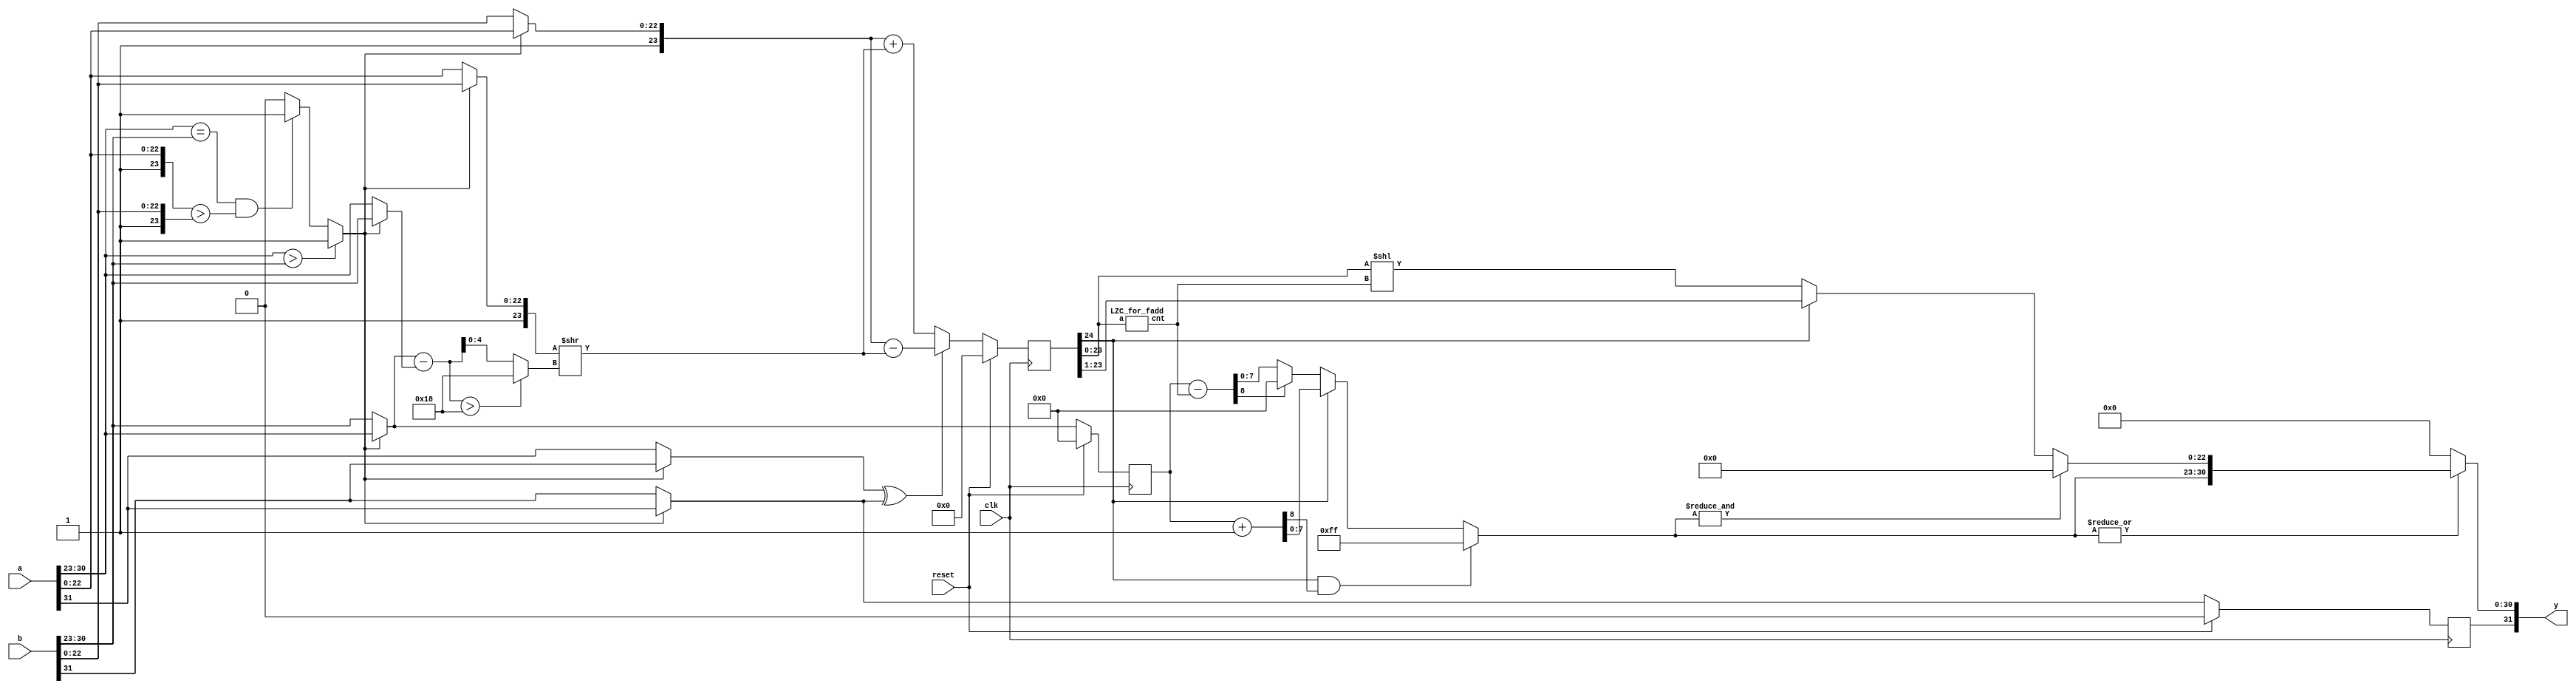
`default_nettype none
//////////////////////////////////////////////////////////////////////////////////
// Company: 
// 
// Design Name: 
// Module Name: fadd
// Project Name: C&P
// Target Devices: KCU105
// Tool Versions: 
// Description: 
// 
// Dependencies: 
// 
// Revision:
// Revision 1.01 - File Created
// Additional Comments:
// 
//////////////////////////////////////////////////////////////////////////////////
module fadd_200(
    input wire clk, reset,
    input wire [31:0] a,
    input wire [31:0] b,
    output wire [31:0] y//,
    //output wire ovf
    );
    wire a_s = a[31];
    wire [7:0] a_e = a[30:23];
    wire [23:0] a_m = {1'b1,a[22:0]};
    wire b_s = b[31];
    wire [7:0] b_e = b[30:23];
    wire [23:0] b_m = {1'b1,b[22:0]};
    
    wire larger = (a_e > b_e) ? 1 : ((a_e == b_e) &&(a_m > b_m)) ? 1 : 0;
    
    wire l_s = larger ? a_s : b_s;
    wire s_s = larger ? b_s : a_s;
    wire [7:0] l_e = larger ? a_e : b_e;
    wire [7:0] s_e = larger ? b_e : a_e;
    wire [23:0] l_m = larger ? a_m : b_m;
    wire [23:0] s_m = larger ? b_m : a_m;
    
    wire [7:0] diff = l_e - s_e;
    wire [4:0] diff_e = diff > 5'd24 ? 5'd24 : diff;
    wire [23:0] s_m_shift = s_m >> diff_e;
    wire [24:0] m_raw = (s_s ^ l_s) ? l_m - s_m_shift : l_m + s_m_shift;
    
    reg l_s_2;
    reg [7:0] l_e_2;
    reg [24:0] m_raw_2;
    
    wire m25 = m_raw_2[24];
    
    wire [4:0] shift_m;
    LZC_for_fadd lzc(m_raw_2[23:0], shift_m);
    wire [47:0] m_shift = m_raw_2[23:0] << shift_m;
    
    wire [22:0] m = 
    m25 ? m_raw_2[23:1] :
    m_shift[22:0] ;
    
    wire [8:0] e_shift = l_e_2 - shift_m;
    wire [8:0] e_inc = l_e_2 + 1;
    wire [7:0] e = 
    (m25 && e_inc[8]) ? 8'b11111111 :
    m25 ? e_inc[7:0] :
    e_shift[8] ? 0 :
    e_shift[7:0];
    
    assign y = 
    ~(|e) ? {l_s_2, 31'b0} :
    &e ? {l_s_2, e, 23'b0} :
    {l_s_2, e, m};
    
    always @(posedge clk) begin
        if (reset) begin
            l_s_2 <= 0;
            m_raw_2 <= 0;
            l_e_2 <= 0;
        end else begin
            l_s_2 <= l_s;
            m_raw_2 <= m_raw;
            l_e_2 <= l_e;
        end
    end
    
    //assign ovf = ~(&a_e) && ~(&b_e) && (&e) ? 1 : 0;
endmodule

module LZC_for_fadd(
    input wire [23:0] a,
    output wire [4:0] cnt
    );
    assign cnt =
    a[23] ? 0 :
    a[22] ? 1 :
    a[21] ? 2 :
    a[20] ? 3 :
    a[19] ? 4 :
    a[18] ? 5 :
    a[17] ? 6 :
    a[16] ? 7 :
    a[15] ? 8 :
    a[14] ? 9 :
    a[13] ? 10:
    a[12] ? 11 :
    a[11] ? 12 :
    a[10] ? 13 :
    a[9] ? 14 :
    a[8] ? 15 :
    a[7] ? 16 :
    a[6] ? 17 :
    a[5] ? 18 :
    a[4] ? 19 :
    a[3] ? 20 :
    a[2] ? 21 :
    a[1] ? 22 :
    a[0] ? 23 :
    24;
endmodule
`default_nettype wire